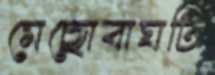
মেছোবাঘটি